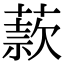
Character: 䕀